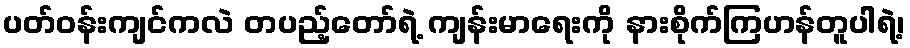
ပတ်ဝန်းကျင်ကလဲ တပည့်တော်ရဲ့ ကျန်းမာရေးကို နားစိုက်ကြဟန်တူပါရဲ့၊